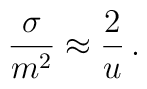
\frac{\sigma}{m^2} \approx \frac{2}{u}\,.